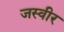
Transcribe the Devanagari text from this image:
जस्वीर